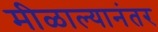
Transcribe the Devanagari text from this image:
मीळाल्यानंतर